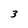
Character: 3